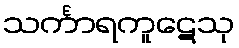
သင်္ကာရကူဋေသု